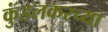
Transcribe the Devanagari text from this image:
कुंडलकरच्या